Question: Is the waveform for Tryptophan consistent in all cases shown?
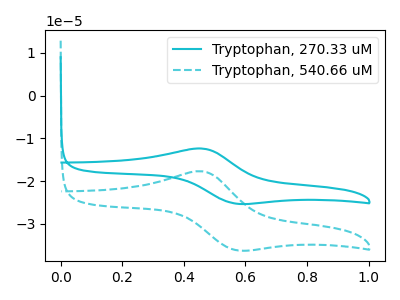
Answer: <think>The cyan curve "Tryptophan, 270.33 uM" has an anodic peak at (0.45V, -12.35uA) and a cathodic peak at (0.55V, -25.25uA). The cyan dashed curve "Tryptophan, 540.66 uM" has an anodic peak at (0.45V, -17.70uA) and a cathodic peak at (0.55V, -36.15uA).
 All the peaks in "Tryptophan, 270.33 uM" have a peak in "Tryptophan, 540.66 uM" at the same potential.</think>
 <answer>All the CV's of "Tryptophan" have similar shape.</answer>
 <eval>follow_rule</eval>